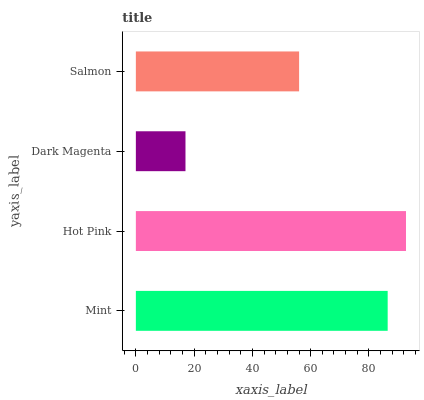
| yaxis_label | bars |
 | --- | --- |
 | Mint | 86.4 |
 | Hot Pink | 92.7 |
 | Dark Magenta | 17 |
 | Salmon | 56 |